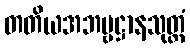
တတိယအဘဗ္ဗဋ္ဌာနသုတ္တံ